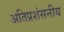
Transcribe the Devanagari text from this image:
अतिप्रशंसनीय